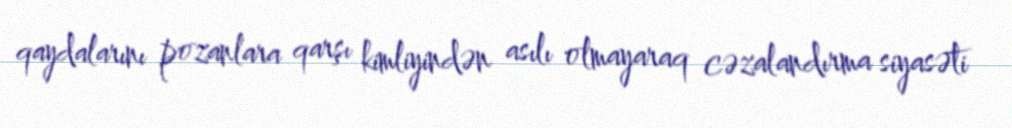
qaydalarını pozanlara qarşı kimliyindən asılı olmayaraq cəzalandırma siyasəti